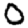
Digit: 0